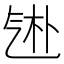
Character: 𬇑